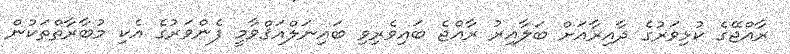
ރާއްޖޭގެ ކުޅިވަރުގެ ދާއިރާއަށް ބަލާއިރު ރާއްޖެ ބައިވެރިވި ބައިނަލްއަޤްވާމީ ފެންވަރުގެ އެކި މުބާރާތްތަކުން